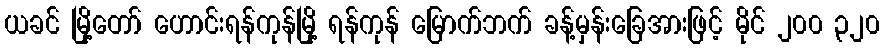
ယခင် မြို့တော် ဟောင်းရန်ကုန်မြို့ ရန်ကုန် မြောက်ဘက် ခန့်မှန်းခြေအားဖြင့် မိုင် ၂၀၀ ၃၂၀